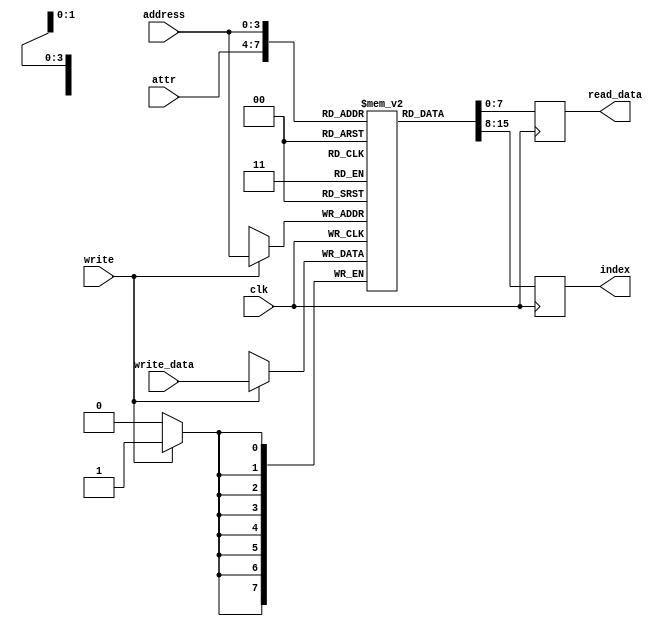
/*
 *  Palette register file for VGA
 *  Copyright (C) 2010  Zeus Gomez Marmolejo <zeus@aluzina.org>
 *
 *  VGA FML support
 *  Copyright (C) 2013 Charley Picker <charleypicker@yahoo.com>
 *
 *  This file is part of the Zet processor. This processor is free
 *  hardware; you can redistribute it and/or modify it under the terms of
 *  the GNU General Public License as published by the Free Software
 *  Foundation; either version 3, or (at your option) any later version.
 *
 *  Zet is distrubuted in the hope that it will be useful, but WITHOUT
 *  ANY WARRANTY; without even the implied warranty of MERCHANTABILITY
 *  or FITNESS FOR A PARTICULAR PURPOSE. See the GNU General Public
 *  License for more details.
 *
 *  You should have received a copy of the GNU General Public License
 *  along with Zet; see the file COPYING. If not, see
 *  <http://www.gnu.org/licenses/>.
 */

module vga_palette_regs_fml (
    input clk,

    // VGA read interface
    input      [3:0] attr,
    output reg [7:0] index,

    // CPU interface
    input      [3:0] address,
    input            write,
    output reg [7:0] read_data,
    input      [7:0] write_data
  );

  // Registers
  reg [7:0] palette [0:15];

  // Behaviour
  // VGA read interface
  always @(posedge clk) index <= palette[attr];

  // CPU read interface
  always @(posedge clk) read_data <= palette[address];

  // CPU write interface
  always @(posedge clk)
    if (write) palette[address] <= write_data;

endmodule